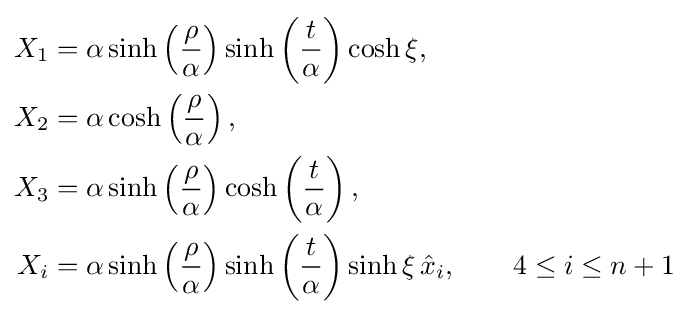
{\begin{aligned}X_{1}&=\alpha \sinh \left({\frac {\rho }{\alpha }}\right)\sinh \left({\frac {t}{\alpha }}\right)\cosh \xi ,\\X_{2}&=\alpha \cosh \left({\frac {\rho }{\alpha }}\right),\\X_{3}&=\alpha \sinh \left({\frac {\rho }{\alpha }}\right)\cosh \left({\frac {t}{\alpha }}\right),\\X_{i}&=\alpha \sinh \left({\frac {\rho }{\alpha }}\right)\sinh \left({\frac {t}{\alpha }}\right)\sinh \xi \,{\hat {x}}_{i},\qquad 4\leq i\leq n+1\end{aligned}}